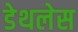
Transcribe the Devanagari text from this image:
डेथलेस